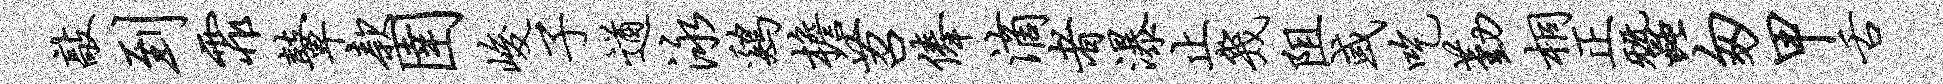
敲到霏鼙款圉峻子遒泳鸡檐苕俸滴者瀑止几阻或吃勤桐正蚕匆甲舌